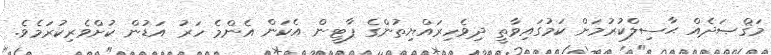
މަޤްޞަދެއް ޙާސިލްކުރުމަށް ކަމުގައިވާތީ ދިވެހިރައްޔިތުންގެ ޕާޓީން އެކަން އެންމެ ހަރު އަޑުން ކުށްވެރިކުރަމެވެ.